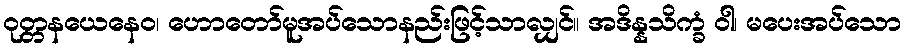
ဝုတ္တနယေနေဝ၊ ဟောတော်မူအပ်သောနည်းဖြင့်သာလျှင်။ အဒိန္နသိက္ခံ ဝါ၊ မပေးအပ်သော